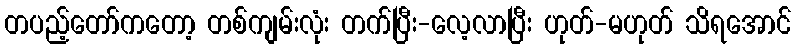
တပည့်တော်ကတော့ တစ်ကျမ်းလုံး တက်ပြီး-လေ့လာပြီး ဟုတ်-မဟုတ် သိရအောင်